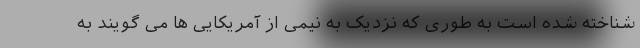
شناخته شده است به طوری که نزدیک به نیمی از آمریکایی ها می گویند به